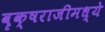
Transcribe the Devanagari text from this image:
वृक्षराजीमध्ये